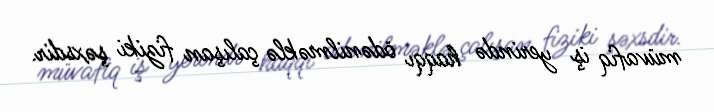
müvafiq iş yerində haqqı ödənilməklə çalışan fiziki şəxsdir.